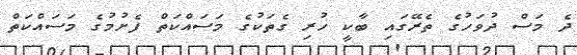
ދެ މަސް ދުވަހުގެ ތެރޭގައި ބާކީ ހުރި ގެތަކުގެ މަސައްކަތް ފެށުމުގެ މަސައްކަތް